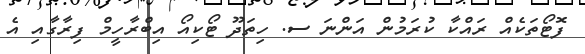
ފޮޓޯތަކެއް ރައްކާ ކުރަމުން އަންނަ ސ. ހިތަދޫ ޓޯކިއޯ އިބްރާހީމް ފިރާގާއި އެ